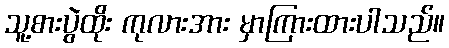
သူ့စားပွဲထိုး ကုလားအား မှာကြားထားပါသည်။